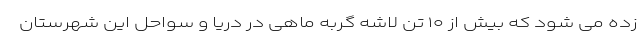
زده می شود که بیش از ۱۰ تن لاشه گربه ماهی در دریا و سواحل این شهرستان